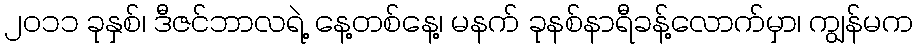
၂၀၁၁ ခုနှစ်၊ ဒီဇင်ဘာလရဲ့ နေ့တစ်နေ့၊ မနက် ခုနစ်နာရီခန့်လောက်မှာ၊ ကျွန်မက